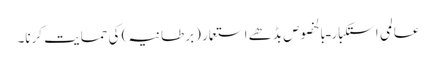
عالمی استکبار ـ بالخصوص بڈھے استعمار (برطانیہ) کی حمایت کرنا۔